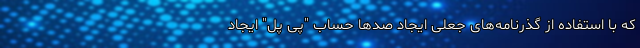
که با استفاده از گذرنامه‌های جعلی ایجاد صدها حساب "پِی پَل" ایجاد